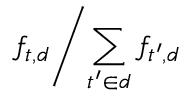
f _ { t , d } { \Bigg / } { \sum _ { t ^ { \prime } \in d } { f _ { t ^ { \prime } , d } } }